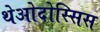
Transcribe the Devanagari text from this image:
थेओदोस्सिस